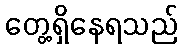
တွေ့ရှိနေရသည်